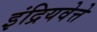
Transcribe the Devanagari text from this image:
इंद्रियवेत्ते